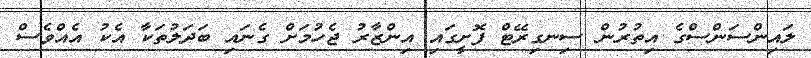
ލައިންސަންސްގެ އިތުރުން ސިނގިރޭޓް ފޮށީގައި އިންޒާރު ޖެހުމަށް ގެނައި ބަދަލުތަކާ އެކު އެއްވެސް